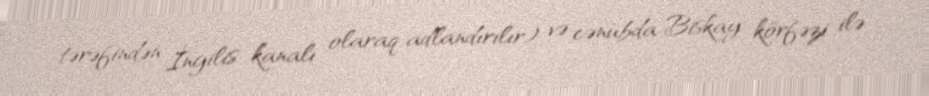
tərəfindən İngilis kanalı olaraq adlandırılır) və cənubda Biskay körfəzi ilə